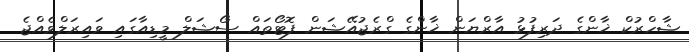
ޝާހްރުކް ޚާންގެ ދަރިފުޅު އާރްޔަން ޚާންގެ ގްރެޖުއޭޝަން ފޮޓޯތައް ސޯޝަލް މީޑިއާގައި ވައިރަލްވެއްޖެ